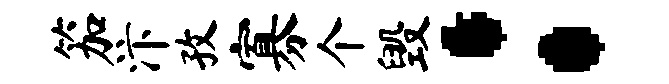
笳汴孜寡个毁：